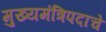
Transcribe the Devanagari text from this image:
मुख्यमंत्रिपदाचे